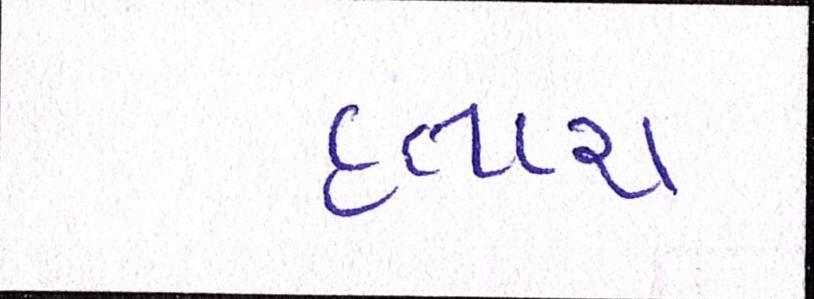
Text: હતાશ